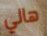
هالي